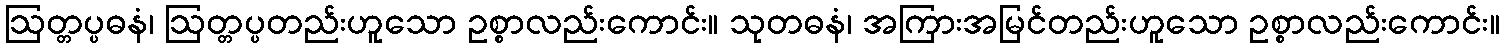
ဩတ္တပ္ပဓနံ၊ ဩတ္တပ္ပတည်းဟူသော ဥစ္စာလည်းကောင်း။ သုတဓနံ၊ အကြားအမြင်တည်းဟူသော ဥစ္စာလည်းကောင်း။